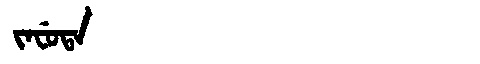
Manchu: ᠵᠠᠸᡠᡨᠠ
Romanization: JAFUTA